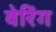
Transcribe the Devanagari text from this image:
वेरिंग